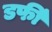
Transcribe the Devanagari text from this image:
डर्फी